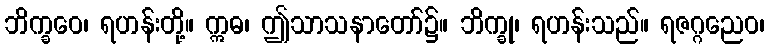
ဘိက္ခဝေ၊ ရဟန်းတို့။ ဣဓ၊ ဤသာသနာတော်၌။ ဘိက္ခု၊ ရဟန်းသည်။ ရဇဂ္ဂညေဝ၊